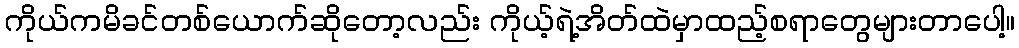
ကိုယ်ကမိခင်တစ်ယောက်ဆိုတော့လည်း ကိုယ့်ရဲ့အိတ်ထဲမှာထည့်စရာတွေများတာပေါ့။